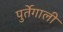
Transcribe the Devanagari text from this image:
पुर्तेगाली